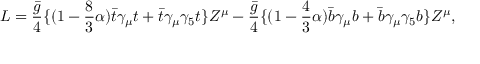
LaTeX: { \cal L } = { \frac { \bar { g } } { 4 } } \{ ( 1 - { \frac { 8 } { 3 } } \alpha ) \bar { t } \gamma _ { \mu } t + \bar { t } \gamma _ { \mu } \gamma _ { 5 } t \} Z ^ { \mu } - { \frac { \bar { g } } { 4 } } \{ ( 1 - { \frac { 4 } { 3 } } \alpha ) \bar { b } \gamma _ { \mu } b + \bar { b } \gamma _ { \mu } \gamma _ { 5 } b \} Z ^ { \mu } ,